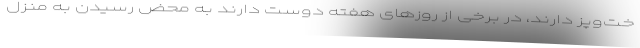
خت‌وپز دارند، در برخی از روزهای هفته دوست دارند به محض رسیدن به منزل